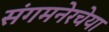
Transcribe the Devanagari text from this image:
संगमनेरचेया